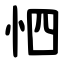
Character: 怬